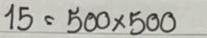
15 = 500 x 500